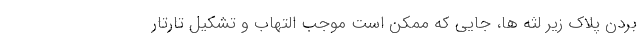
بردن پلاک زیر لثه ها، جایی که ممکن است موجب التهاب و تشکیل تارتار